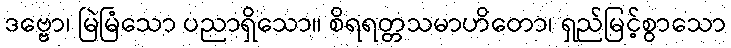
ဒဗ္ဗော၊ မြဲမြံသော ပညာရှိသော။ စိရရတ္တသမာဟိတော၊ ရှည်မြင့်စွာသော